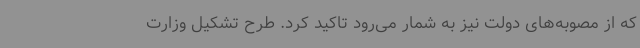
که از مصوبه‌های دولت نیز به شمار می‌رود تاکید کرد. طرح تشکیل وزارت